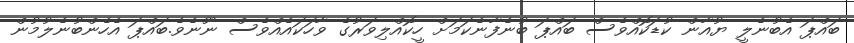
ބައްޕަ އެބުނެލީ ޔުއާން ކުޑަކޮއްވެސް ބައްޕަ ބުނެފާނެކަމަށް ހީކޮއްލިވަރުގެ ވާހަކައެއްވެސް ނޫނެވެ.ބައްޕަ އެހެންބުނެލުމުން